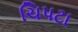
ચિપટા